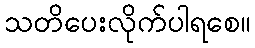
သတိပေးလိုက်ပါရစေ။